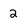
Character: 2